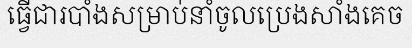
ធ្វើជារបាំងសម្រាប់នាំចូលប្រេងសាំងគេច